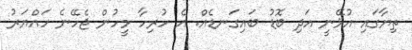
ތިޔާގައި އުޅޭނީ އަދި ބޮޑު ބައިގަނޑެއް. އެ ހުރިހާ މީހުން ޖެހޭނެ ހައްޔަރު